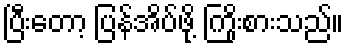
ပြီးတော့ ပြန်အိပ်ဖို့ ကြိုးစားသည်။